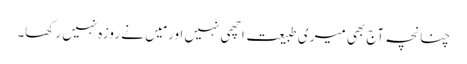
چنانچہ آج بھی میری طبیعت اچھی نہیں اور مَیں نے روزہ نہیں رکھا۔